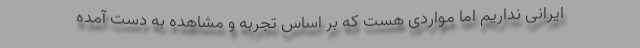
ایرانی نداریم اما مواردی هست که بر اساس تجربه و مشاهده به دست آمده